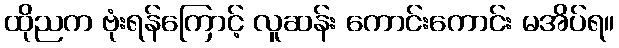
ထိုညက ဗုံးရန်ကြောင့် လူဆန်း ကောင်းကောင်း မအိပ်ရ။